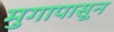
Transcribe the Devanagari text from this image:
मुगापासून